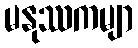
မနုဿကမျာ